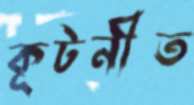
কূটনীত